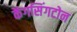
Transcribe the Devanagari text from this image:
केंगसिंगटोन